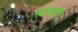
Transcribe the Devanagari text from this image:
नटराजन्‌